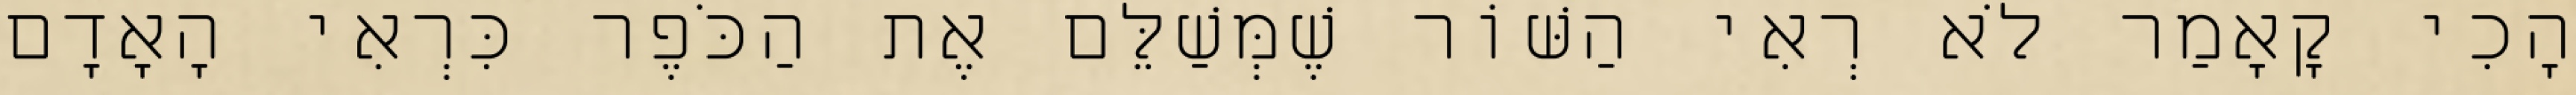
הָכִי קָאָמַר לֹא רְאִי הַשּׁוֹר שֶׁמְּשַׁלֵּם אֶת הַכֹּפֶר כִּרְאִי הָאָדָם